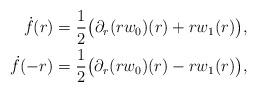
LaTeX: \begin{align*}\dot{f}(r) = \frac{1}{2} \big( \partial_{r} (r w_{0}) (r) + r w_{1}(r) \big), \\\dot{f}(-r) = \frac{1}{2} \big( \partial_{r} (r w_{0}) (r) - r w_{1}(r) \big),\end{align*}